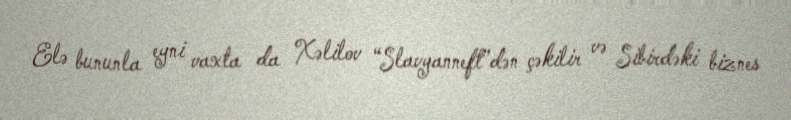
Elə bununla eyni vaxta da Xəlilov “Slavyanneft”dən çəkilir və Sibirdəki biznes